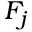
F _ { j }